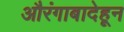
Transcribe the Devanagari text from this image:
औरंगाबादेहून